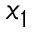
x _ { 1 }